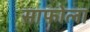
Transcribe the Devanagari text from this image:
साफोला